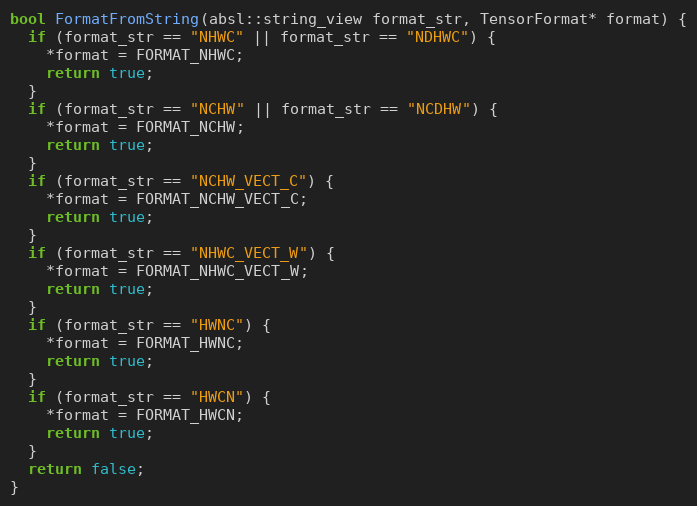
Language: C++
bool FormatFromString(absl::string_view format_str, TensorFormat* format) {
  if (format_str == "NHWC" || format_str == "NDHWC") {
    *format = FORMAT_NHWC;
    return true;
  }
  if (format_str == "NCHW" || format_str == "NCDHW") {
    *format = FORMAT_NCHW;
    return true;
  }
  if (format_str == "NCHW_VECT_C") {
    *format = FORMAT_NCHW_VECT_C;
    return true;
  }
  if (format_str == "NHWC_VECT_W") {
    *format = FORMAT_NHWC_VECT_W;
    return true;
  }
  if (format_str == "HWNC") {
    *format = FORMAT_HWNC;
    return true;
  }
  if (format_str == "HWCN") {
    *format = FORMAT_HWCN;
    return true;
  }
  return false;
}